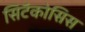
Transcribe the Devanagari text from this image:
सिटॅकोसिस